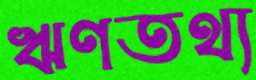
ঋণতথ্য